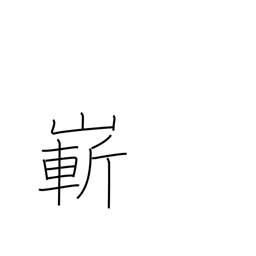
Meaning: steep or high mountain